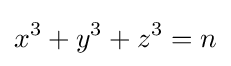
x^{3}+y^{3}+z^{3}=n